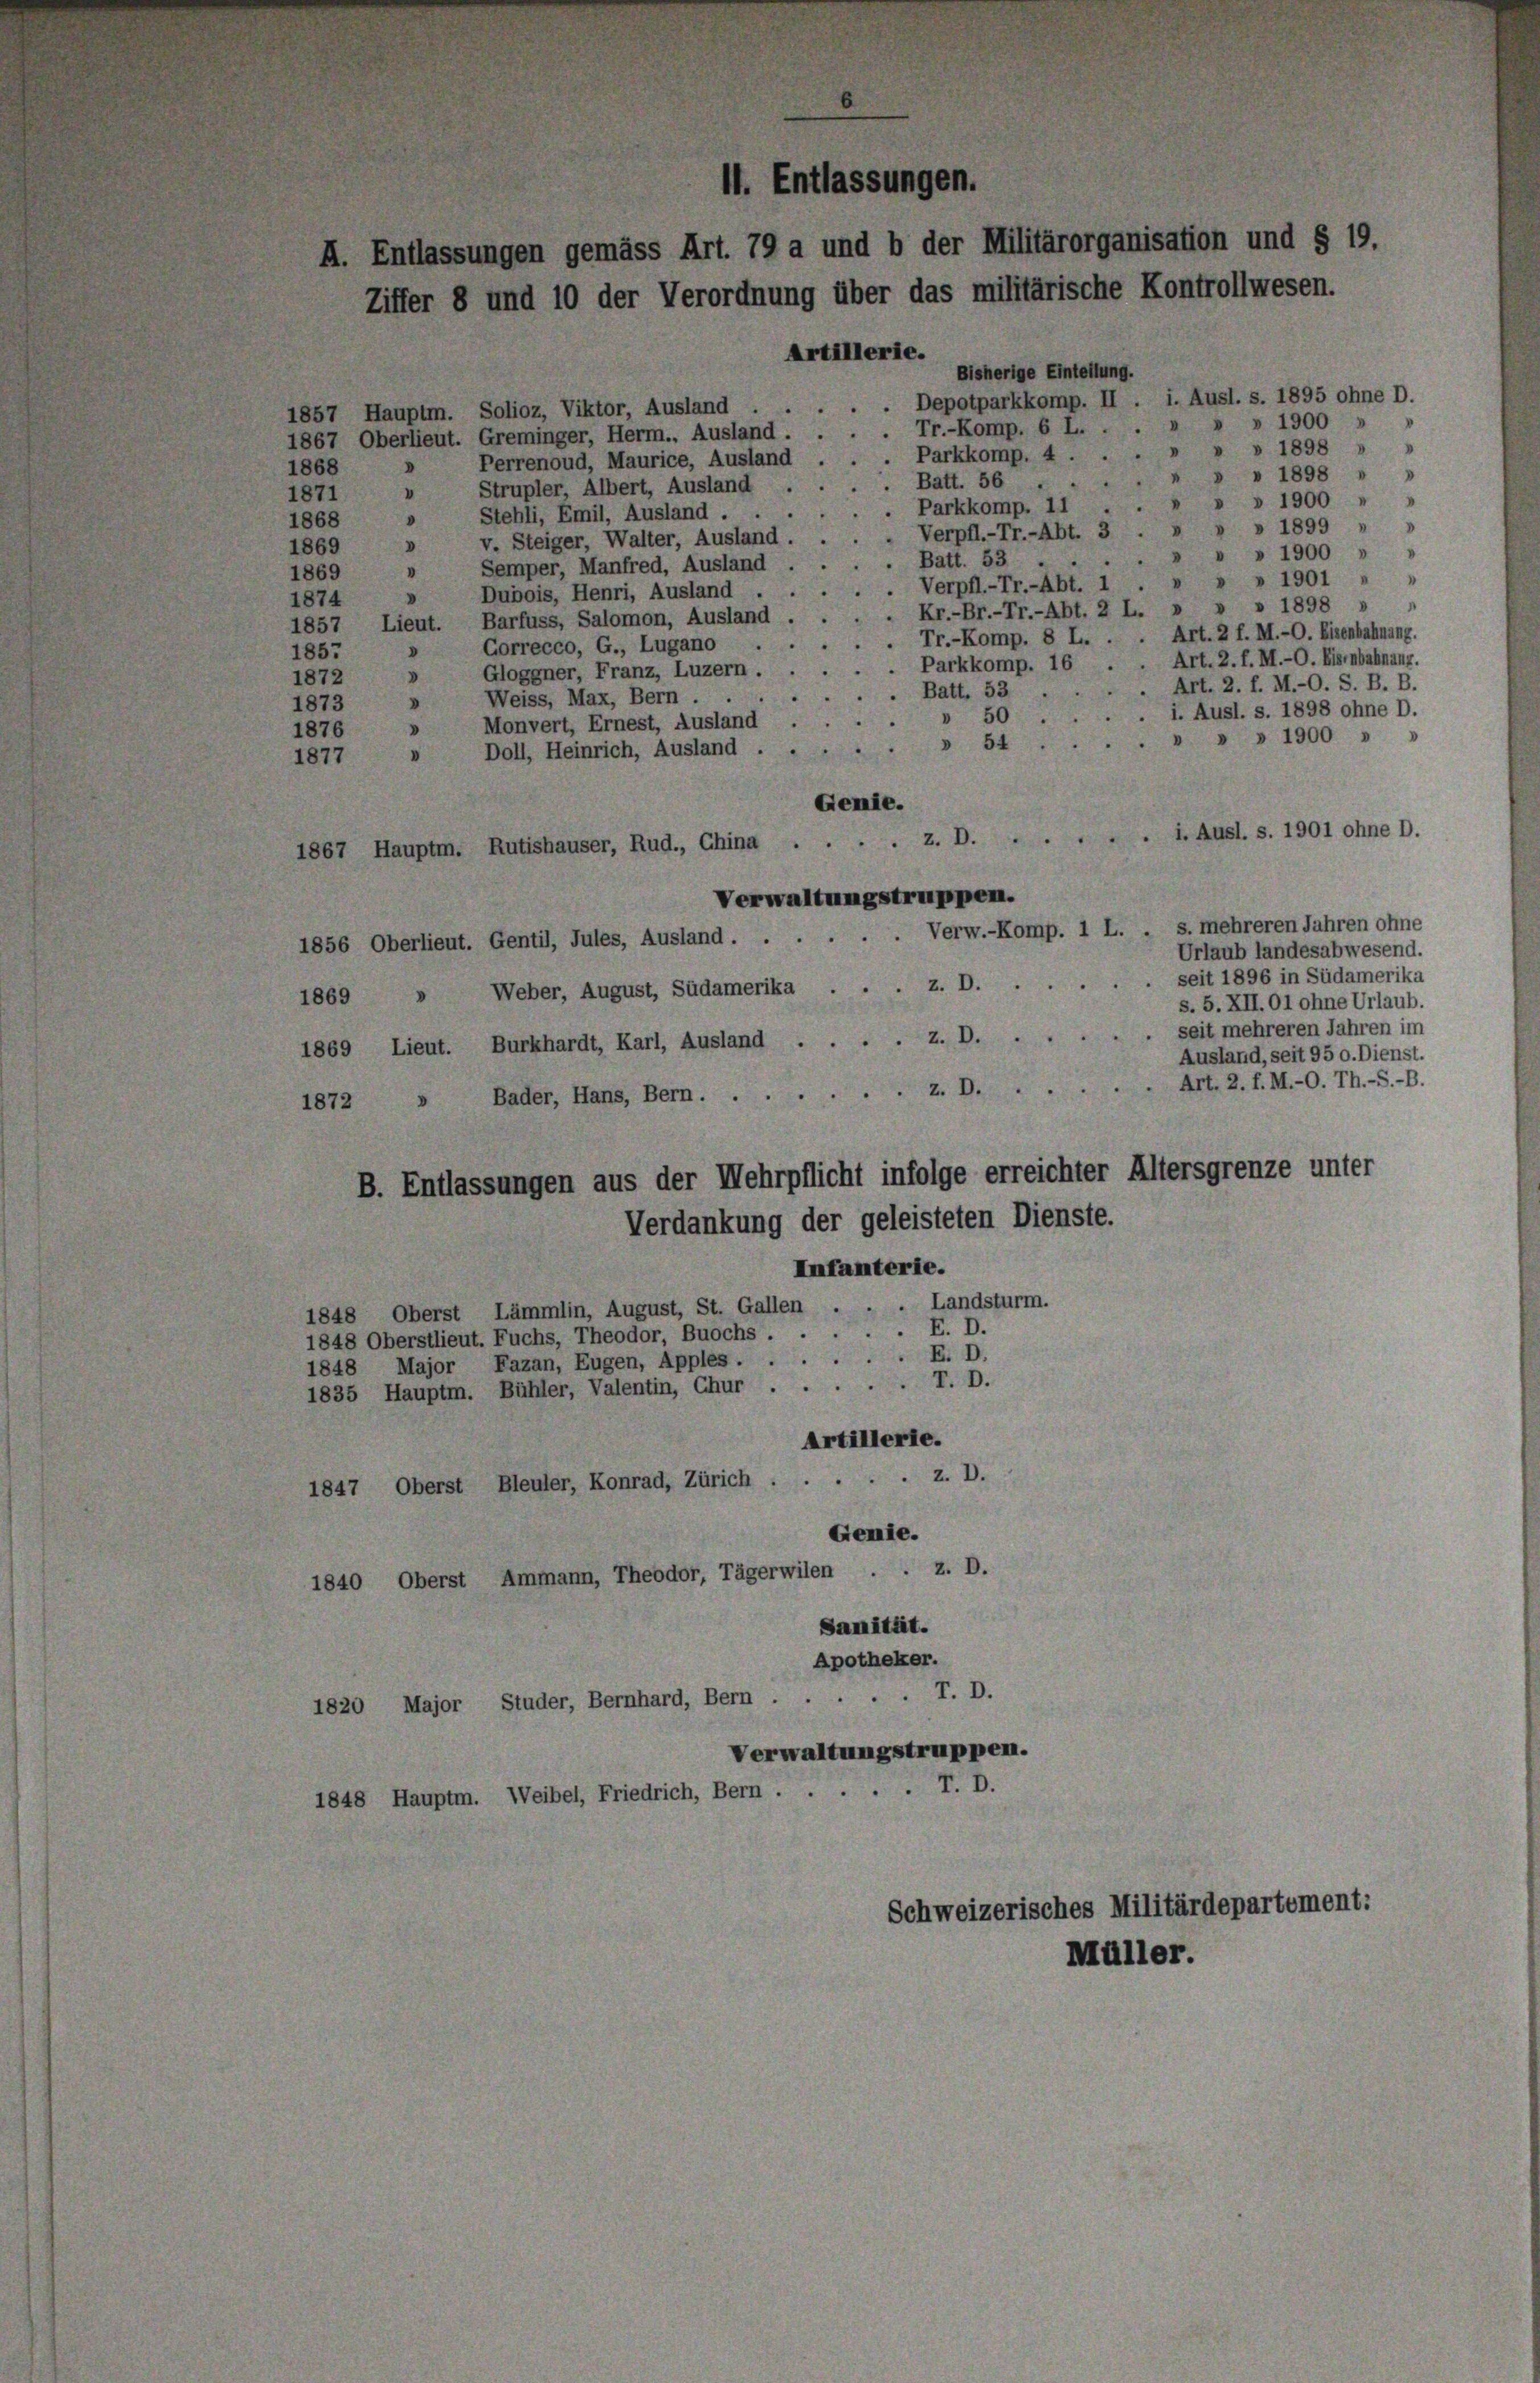
Artillerie.
Bisherige Einteilung.
. Depotparkkomp. II. i. Ausl. s. 1895 ohne D.
1857 Hauptm. Solioz, Viktor, Ausland . .
Tr.-Komp. 6 L.
1867 Oberlieut. Greminger, Herm., Ausland.
 Parkkomp. 4
1868 » Perrenoud, Maurice, Ausland
. Batt. 56
» Strupler, Albert, Ausland
. Parkkomp. 11
Stehli, Emil, Ausland .
0
1868
. Verpfl.-Tr.-Abt. 3
v. Steiger, Walter, Ausland.
D
1869
.. Batt. 53 ..
Semper, Manfred, Ausland
.
. Verpfl-Tr.-Abt. I
Dubois, Henri, Ausland .
v
1857 Lieut. Barfuss, Salomon, Ausland . .
Tr.-Komp. 8 L..
Gorrecco, G., Lugano
D
Parkkomp. 16 .
Gloggner, Franz, Luzern.
Batt. 53
Weiss, Max, Bern . .
 50
Monvert, Ernest, Ausland
 54
» Doll, Heinrich, Ausland
Genie.
z.D.....
x
1867 Hauptm. Rutishauser, Rud., China
Verwaltungstruppen.
1856 Oberlieut. Gentil, Jules, Ausland . . . . . . Verw.-Komp. 1 L. . s. mehreren Jahren ohne
Urlaub landesabwesend.
seit 1896 in Südamerika
1869 » Weber, August, Südamerika . . . z. D.
s. 5. XII. O1 ohne Urlaub.
seit mehreren Jahren im
1869 Lieut. Burkhardt, Karl, Ausland z. B.
Ausland, seit 950. Dienst.
Art. 2. f. M.-O. Th.-S.-B.
z. D.
Bäder, Hans, Bern . .
d
1872
B. Entlassungen aus der Mehrpflicht infolge erreichter Altersgrenze unter
Verdankung der geleisteten Dienste.
Infanterie.
Landsturm.
1848 Oberst Lämmlin, August, St. Gallen
 E. D.
1848 Oberstlieut. Fuchs, Theodor, Buochs . .
E. D.
1848 Major Fazan, Eugen, Apples .
1835 Hauptm. Bühler, Valentin, Chur. T. D.
Artillerie.
Z. D.
5
1847, Oberst Bleuler, Konrad, Zürich
Gemie.
1840 Oberst Ammann, Theodor, Tägerwilen . . z. D.
Sanität.
Apotheker.
1820 Major Studer, Bernhard, Bern T. D.
Verwaltungstruppen.
T. D.
1848 Hauptm. Weibel, Friedrich, Bern .

1873

1871

1877

1869
1874
1857
1872 »

1876 »

H. Entlassungen.
A. Entlassungen gemäss Art. 79 a und b der Militärorganisation und § 19.
Ziffer 8 und 10 der Verordnung über das militärische Kontrollwesen.

Schweizerisches Militärdepartement:
Müller.

» » 1900 »
» » 1898 »
 » 1898 " "
» » 1900 " "
» » 1899
» 1900 »
» » 1901 " "
Kr.-Br.-Tr.-Abt. 2 L. » » » 1898 »
Art. 2 f. M.-O. Eisenbahnang.
Art. 2. f. M.-O. Eisenbahnauz.
Art. 2. f. M.-O. S. B. B.
i. Ausl. s. 1898 ohne D.
» » » 1900 » »
i. Ausl. s. 1901 ohne D.